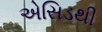
એસિડથી